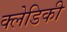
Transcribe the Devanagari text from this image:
क्लेडिकी